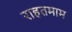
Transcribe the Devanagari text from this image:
राहतमाम